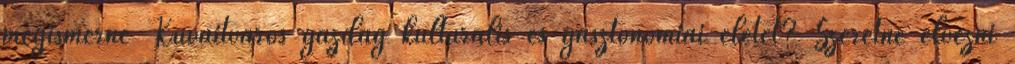
megismerné Kuvaitváros gazdag kulturális és gasztonómiai életét? Szeretné élvezni